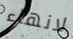
لانهاء